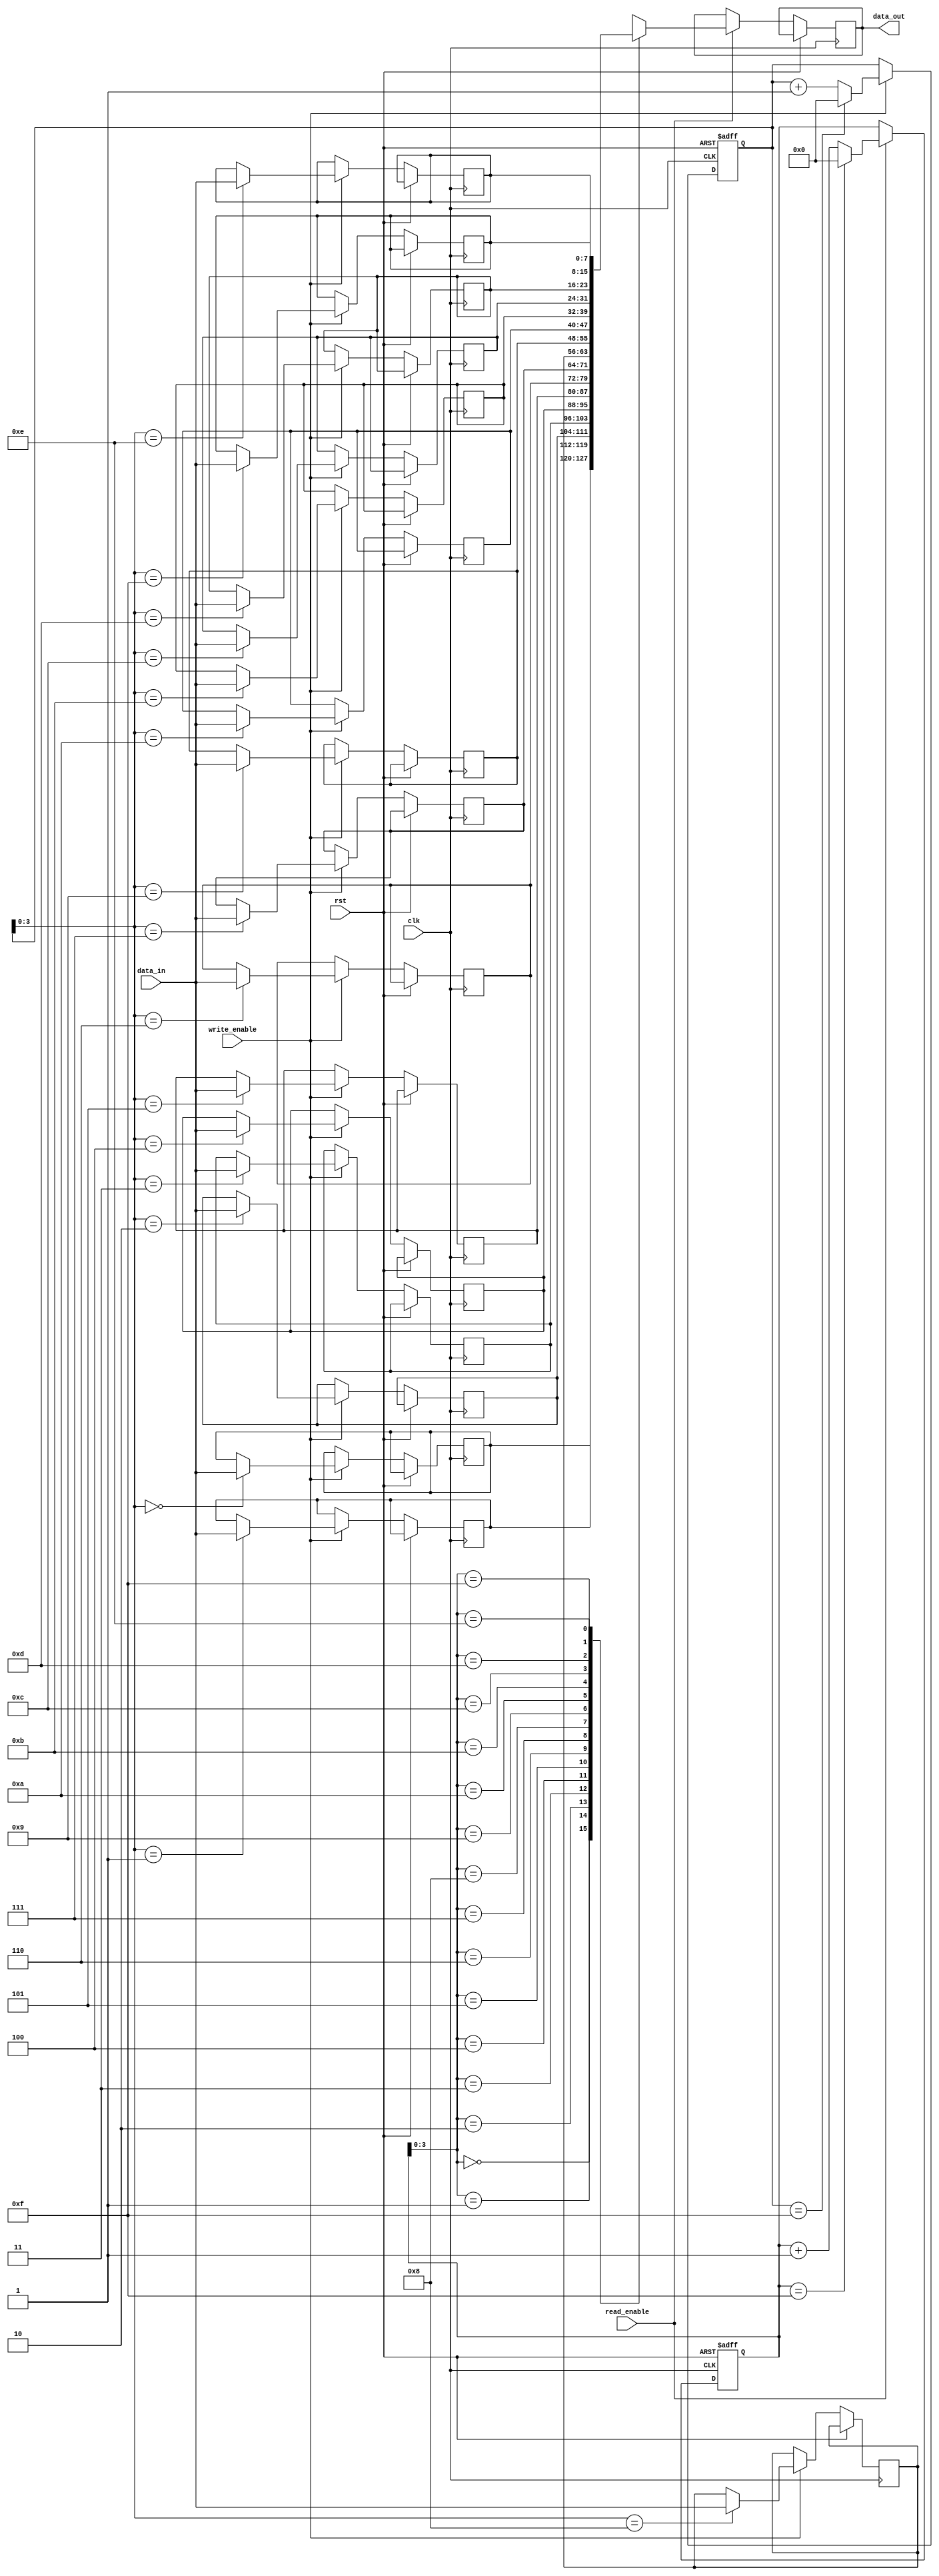
module CircularFIFO (
    input wire clk,
    input wire rst,
    input wire write_enable,
    input wire read_enable,
    input wire [7:0] data_in,
    output reg [7:0] data_out
);

parameter BUFFER_SIZE = 16;

reg [7:0] buffer [0:BUFFER_SIZE-1];
reg [4:0] write_ptr, read_ptr; // Assuming buffer size is <= 32

// Write data to FIFO
always @(posedge clk or posedge rst) begin
    if (rst) begin
        write_ptr <= 5'h0;
    end else begin
        if (write_enable) begin
            buffer[write_ptr] <= data_in;
            write_ptr <= (write_ptr == (BUFFER_SIZE-1)) ? 5'h0 : write_ptr + 1;
        end
    end
end

// Read data from FIFO
always @(posedge clk or posedge rst) begin
    if (rst) begin
        read_ptr <= 5'h0;
    end else begin
        if (read_enable) begin
            data_out <= buffer[read_ptr];
            read_ptr <= (read_ptr == (BUFFER_SIZE-1)) ? 5'h0 : read_ptr + 1;
        end
    end
end

endmodule